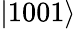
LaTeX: |1001\rangle